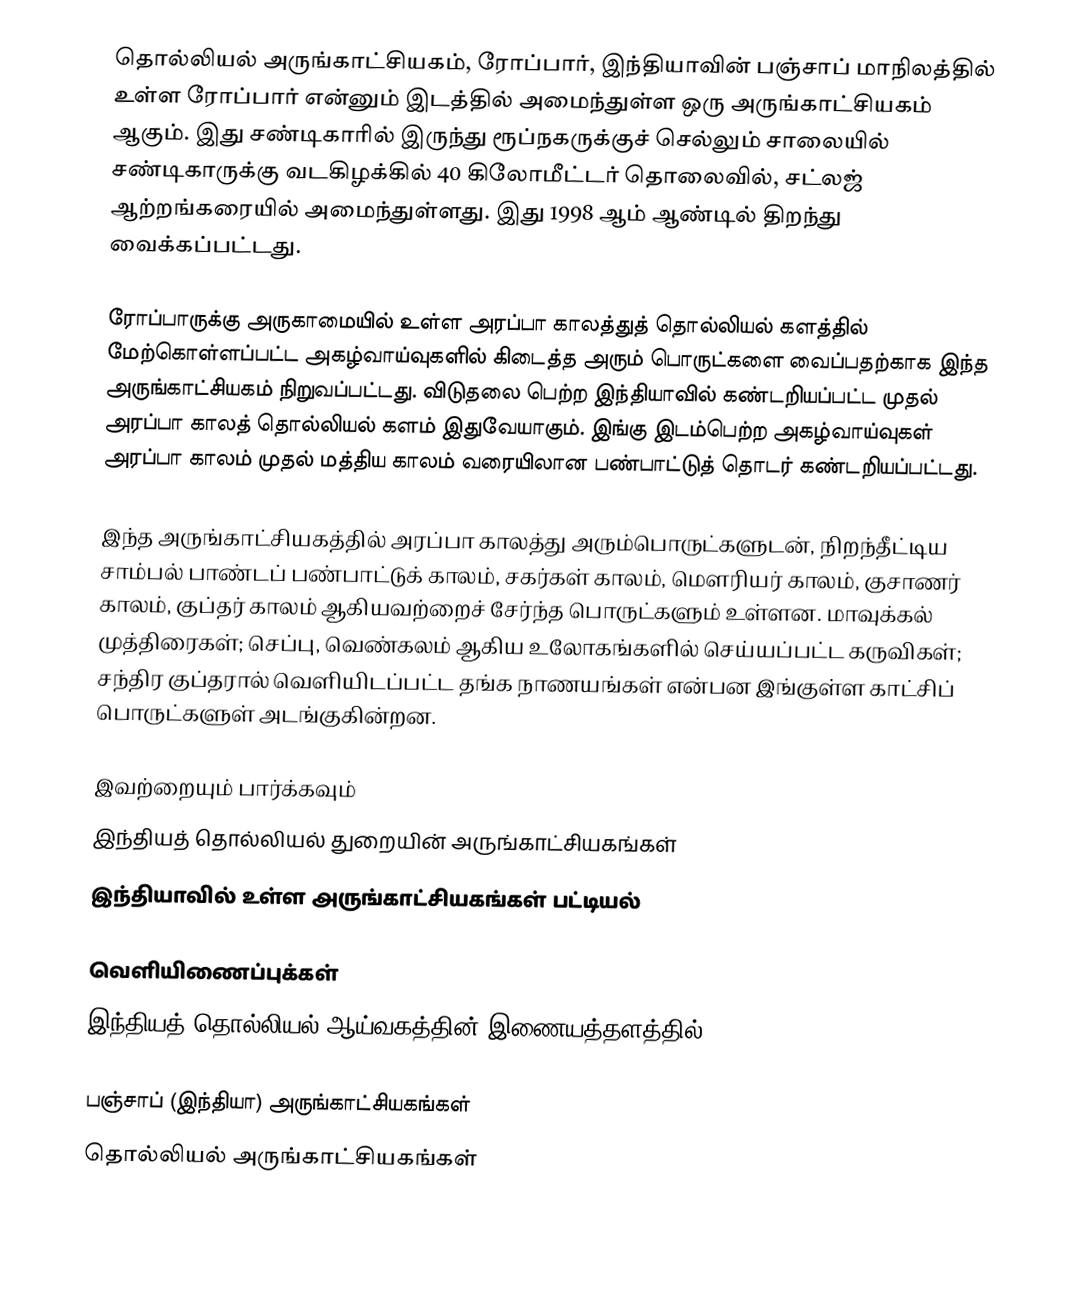
தொல்லியல் அருங்காட்சியகம், ரோப்பார், இந்தியாவின் பஞ்சாப் மாநிலத்தில் உள்ள ரோப்பார் என்னும் இடத்தில் அமைந்துள்ள ஒரு அருங்காட்சியகம் ஆகும். இது சண்டிகாரில் இருந்து ரூப்நகருக்குச் செல்லும் சாலையில் சண்டிகாருக்கு வடகிழக்கில் 40 கிலோமீட்டர் தொலைவில், சட்லஜ் ஆற்றங்கரையில் அமைந்துள்ளது. இது 1998 ஆம் ஆண்டில் திறந்து வைக்கப்பட்டது.

ரோப்பாருக்கு அருகாமையில் உள்ள அரப்பா காலத்துத் தொல்லியல் களத்தில் மேற்கொள்ளப்பட்ட அகழ்வாய்வுகளில் கிடைத்த அரும் பொருட்களை வைப்பதற்காக இந்த அருங்காட்சியகம் நிறுவப்பட்டது. விடுதலை பெற்ற இந்தியாவில் கண்டறியப்பட்ட முதல் அரப்பா காலத் தொல்லியல் களம் இதுவேயாகும். இங்கு இடம்பெற்ற அகழ்வாய்வுகள் அரப்பா காலம் முதல் மத்திய காலம் வரையிலான பண்பாட்டுத் தொடர் கண்டறியப்பட்டது.

இந்த அருங்காட்சியகத்தில் அரப்பா காலத்து அரும்பொருட்களுடன், நிறந்தீட்டிய சாம்பல் பாண்டப் பண்பாட்டுக் காலம், சகர்கள் காலம், மௌரியர் காலம்,  குசாணர் காலம்,  குப்தர் காலம் ஆகியவற்றைச் சேர்ந்த பொருட்களும் உள்ளன. மாவுக்கல் முத்திரைகள்; செப்பு, வெண்கலம் ஆகிய உலோகங்களில் செய்யப்பட்ட கருவிகள்; சந்திர குப்தரால் வெளியிடப்பட்ட தங்க நாணயங்கள் என்பன இங்குள்ள காட்சிப் பொருட்களுள் அடங்குகின்றன.

இவற்றையும் பார்க்கவும்
 இந்தியத் தொல்லியல் துறையின் அருங்காட்சியகங்கள்
 இந்தியாவில் உள்ள அருங்காட்சியகங்கள் பட்டியல்

வெளியிணைப்புக்கள்
 இந்தியத் தொல்லியல் ஆய்வகத்தின் இணையத்தளத்தில்

பஞ்சாப் (இந்தியா) அருங்காட்சியகங்கள்
தொல்லியல் அருங்காட்சியகங்கள்